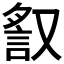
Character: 𧧙